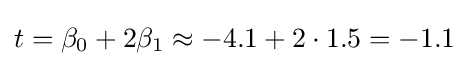
t=\beta _{0}+2\beta _{1}\approx -4.1+2\cdot 1.5=-1.1